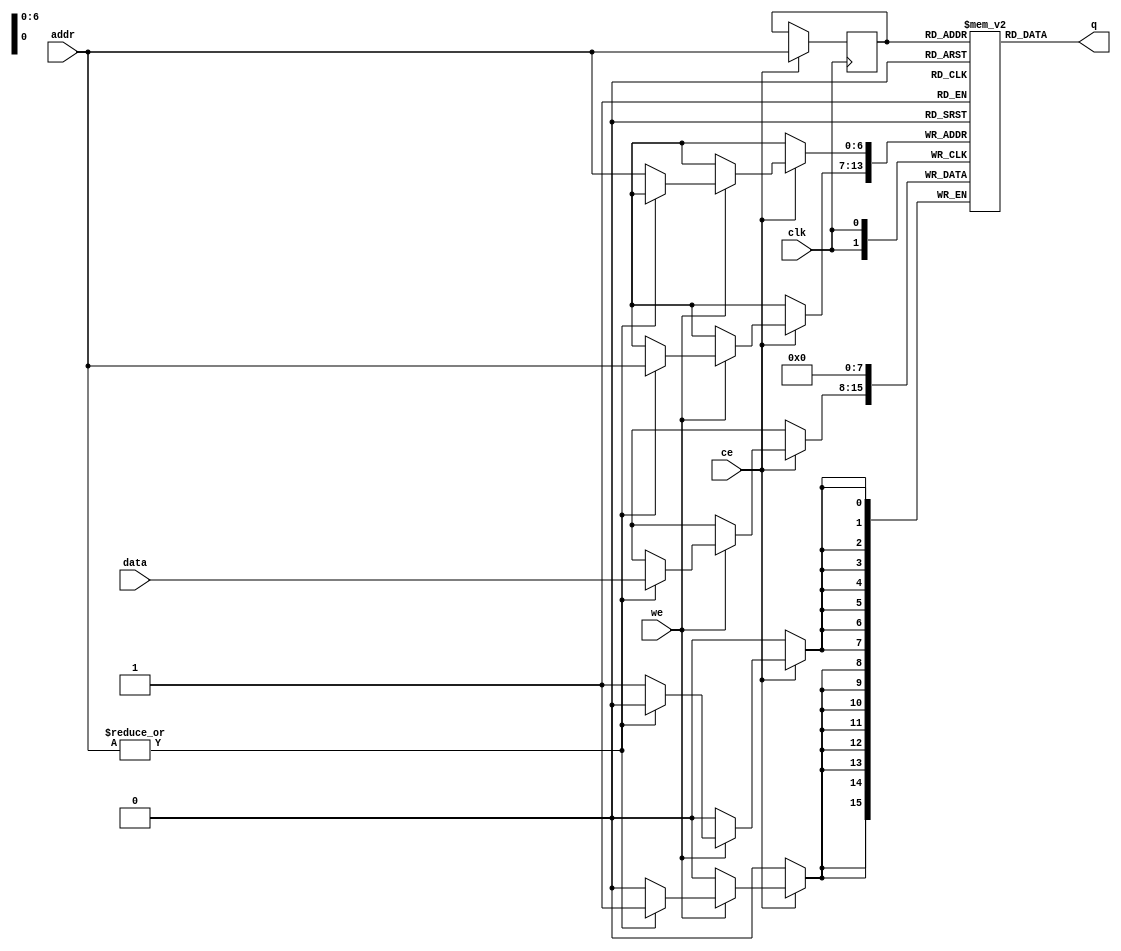
module memory_data(
    clk         ,
    ce          ,
    we          ,
    addr        ,
    data        ,
    q   
);

//parameter
parameter A=7, D=8, R=128;                    // A : Adress width    D : Data width    R : 2^A

//input & output
input                   clk           ;
input                   ce            ;       //chip enable (/   1 )
input                   we            ;       //write enable (: 0, : 1)
input       [      A-1:0] addr        ;
input       [      D-1:0] data        ;
output      [      D-1:0] q           ;

//wire & regs
reg         [      D-1:0]  mem[R-1:0] ;
reg         [      A-1:0]  r_addr     ;
reg                        zero       ;


//logic
always @ (posedge clk)
    begin
        if (ce)  
            begin
                if (we) 
                    begin
                        if(!zero)
                            mem[addr] <= 8'b00000000;   //  0   0
                        else
                            mem[addr] <= data;
                    end 
                r_addr <= addr;
            end
    end


always @ (*)
    begin
        zero = |addr;                               // "|"      1 1 .
    end


assign q = mem[r_addr];

endmodule